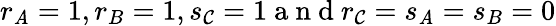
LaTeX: r_{\mathit{A}}=1,r_{B}=1,s_{\mathcal{C}}=1\mathrm{{~a~n~d~}}r_{\mathcal{C}}=s_{\mathit{A}}=s_{B}=0